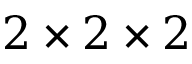
2 \times 2 \times 2